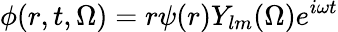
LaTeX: \phi(r,t,\Omega)=r\psi(r)Y_{lm}(\Omega)e^{i\omega t}